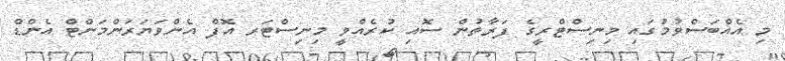
މި އެއްބަސްވުމުގައި މިނިސްޓްރީގެ ފަރާތުން ސޮއި ކުރެއްވީ މިނިސްޓަރ އޮފް އެންވަޔަރަންމަންޓް އެންޑް